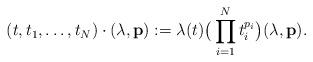
LaTeX: \begin{align*}(t,t_1,\dots,t_N)\cdot (\lambda,\mathbf p):=\lambda(t)\big(\prod_{i=1}^N t_i^{p_i}\big)(\lambda,\mathbf p).\end{align*}